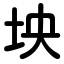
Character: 坱